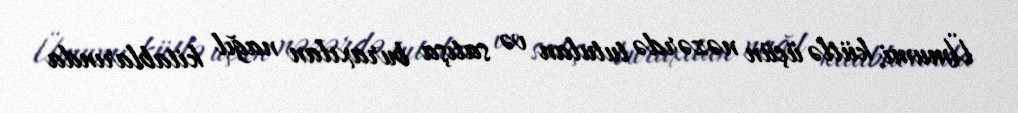
Ümumi kütlə üçün nəzərdə tutulan və satışa buraxılan nağıl kitablarında